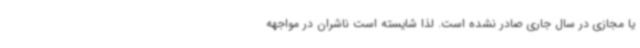
یا مجازی در سال جاری صادر نشده است. لذا شایسته است ناشران در مواجهه